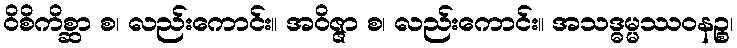
ဝိစိကိစ္ဆာ စ၊ လည်းကောင်း။ အဝိဇ္ဇာ စ၊ လည်းကောင်း။ အသဒ္ဓမ္မဿဝနဉ္စ၊